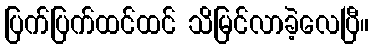
ပြက်ပြက်ထင်ထင် သိမြင်လာခဲ့လေပြီ။